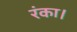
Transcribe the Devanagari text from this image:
रंका।